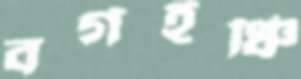
বর্গইঞ্চি